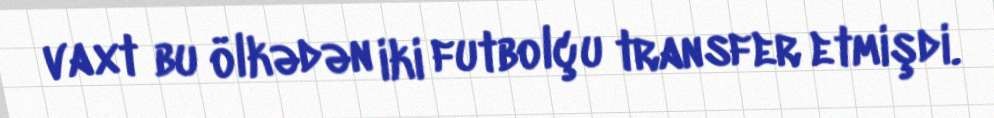
vaxt bu ölkədən iki futbolçu transfer etmişdi.